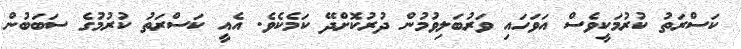
ކަސްރަތު ކުރުމަކީވެސް އަވަހައި ވަރުބަލިވުމުން ދުރުކޮށްދޭ ކަމެކެވެ. އެއީ ކަސްރަތު ކުރުމުގެ ސަބަބުން